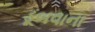
ડૂબવાના